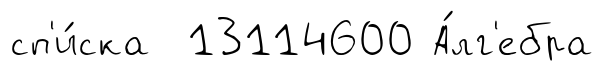
сп'и́ска 13114600 А́лг'ебра